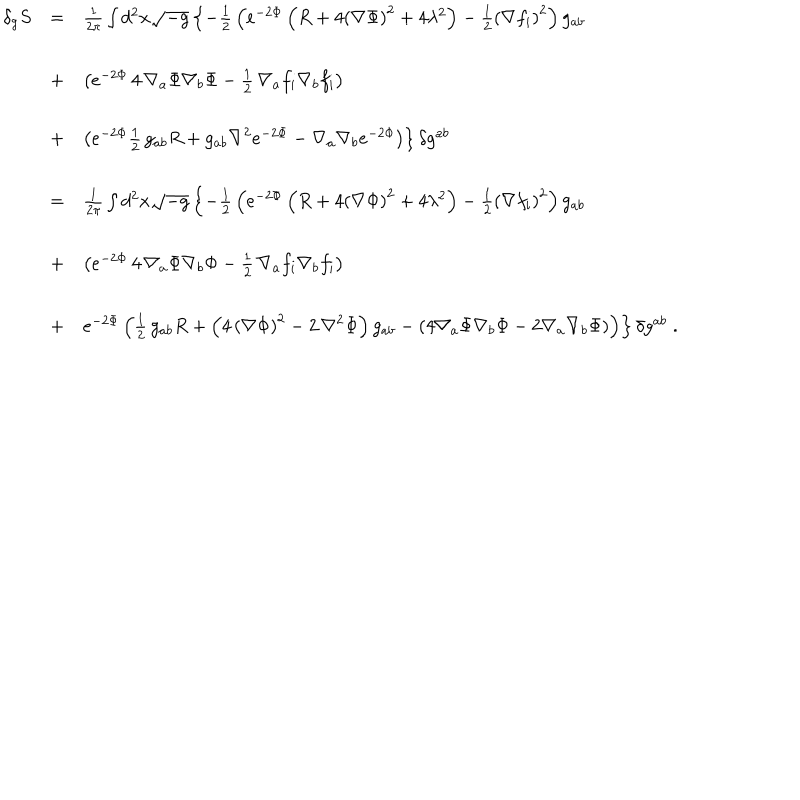
\begin{array} { l c l } { { \delta _ { g } S } } & { { = } } & { { { \frac { 1 } { 2 \pi } } \int d ^ { 2 } x \sqrt { - g } \left\{ - { \frac { 1 } { 2 } } \left( e ^ { - 2 \Phi } \left( R + 4 { \left( \nabla \Phi \right) } ^ { 2 } + 4 \lambda ^ { 2 } \right) - { \frac { 1 } { 2 } } { \left( \nabla f _ { i } \right) } ^ { 2 } \right) g _ { a b } \right. } } \\ { { \ } } & { { + } } & { { \left. \left( e ^ { - 2 \Phi } \, 4 \, \nabla _ { a } \Phi \nabla _ { b } \Phi - { \frac { 1 } { 2 } } \, \nabla _ { a } f _ { i } \nabla _ { b } f _ { i } \right) \right. } } \\ { { } } & { { + } } & { { \left. \left( e ^ { - 2 \Phi } { \frac { 1 } { 2 } } \, g _ { a b } R + g _ { a b } { \nabla } ^ { 2 } e ^ { - 2 \Phi } - \nabla _ { a } \nabla _ { b } e ^ { - 2 \Phi } \right) \right\} \delta g ^ { a b } } } \\ { { } } & { { = } } & { { { \frac { 1 } { 2 \pi } } \int d ^ { 2 } x \sqrt { - g } \left\{ - { \frac { 1 } { 2 } } \left( e ^ { - 2 \Phi } \left( R + 4 { \left( \nabla \Phi \right) } ^ { 2 } + 4 \lambda ^ { 2 } \right) - { \frac { 1 } { 2 } } { \left( \nabla f _ { i } \right) } ^ { 2 } \right) g _ { a b } \right. } } \\ { { } } & { { + } } & { { \left( e ^ { - 2 \Phi } \, 4 \, \nabla _ { a } \Phi \nabla _ { b } \Phi - { \frac { 1 } { 2 } } \, \nabla _ { a } f _ { i } \nabla _ { b } f _ { i } \right) } } \\ { { \ } } & { { + } } & { { \left. e ^ { - 2 \Phi } \left( { \frac { 1 } { 2 } } \, g _ { a b } R + \left( 4 \, { \left( \nabla \Phi \right) } ^ { 2 } - 2 \, { \nabla } ^ { 2 } \Phi \right) g _ { a b } - \left( 4 \nabla _ { a } \Phi \nabla _ { b } \Phi - 2 \nabla _ { a } \nabla _ { b } \Phi \right) \right) \right\} \delta g ^ { a b } \; . } } \\ \end{array}